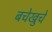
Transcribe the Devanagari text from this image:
बचेखुचे